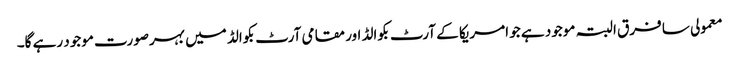
معمولی سا فرق البتہ موجود ہے جو امریکا کے آرٹ بکوالڈ اور مقامی آرٹ بکوالڈ میں بہرصورت موجود رہے گا۔